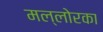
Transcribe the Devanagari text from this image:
मल्लोरका